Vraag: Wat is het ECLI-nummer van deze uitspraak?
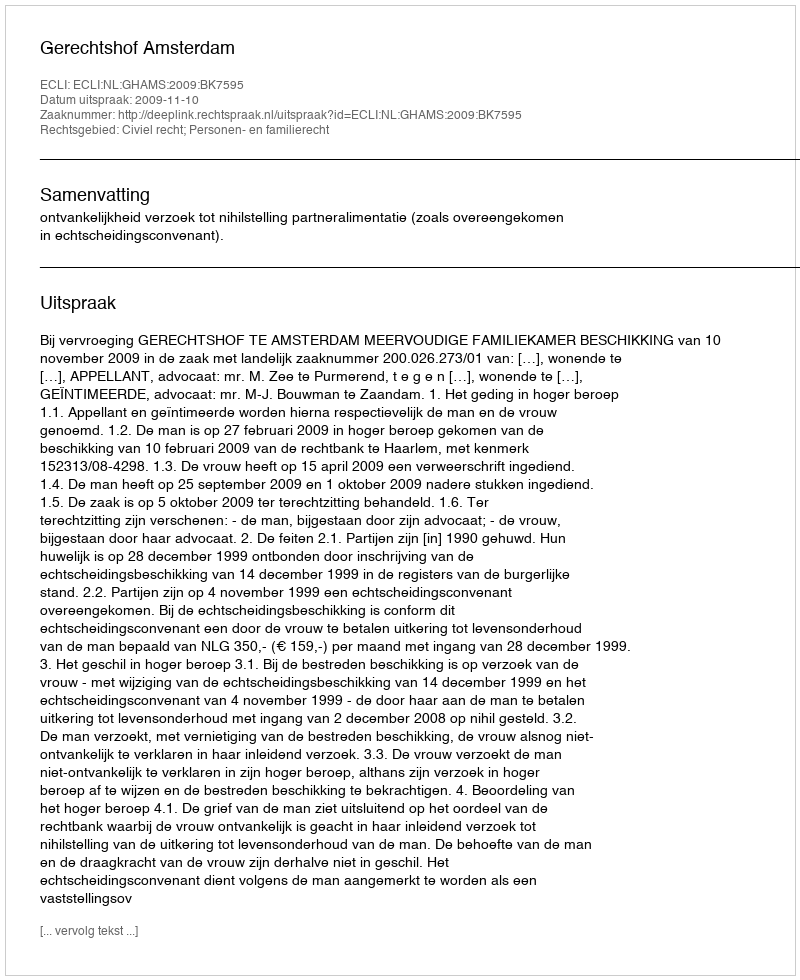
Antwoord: ECLI:NL:GHAMS:2009:BK7595